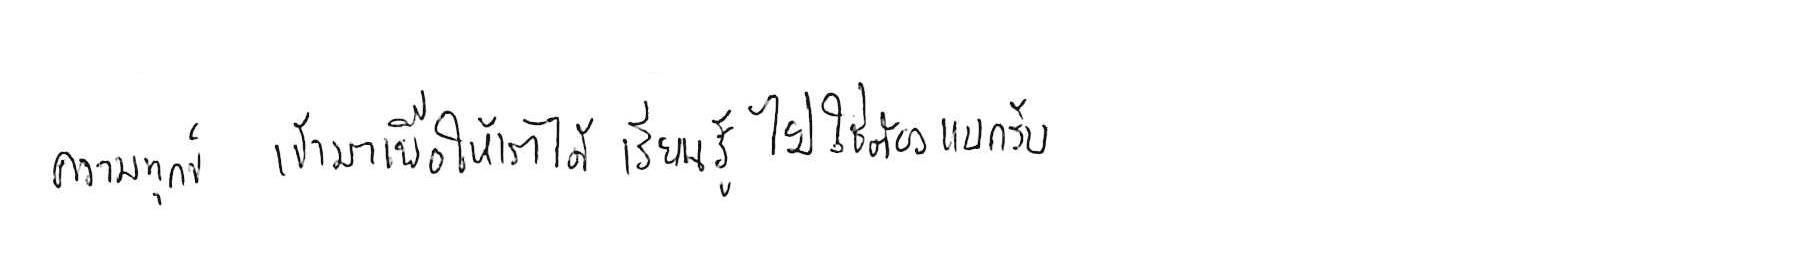
ความทุกข์ เข้ามาเพื่อให้เราได้ เรียนรู้ ไม่ใช่ต้อง แบกรับ